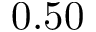
0 . 5 0